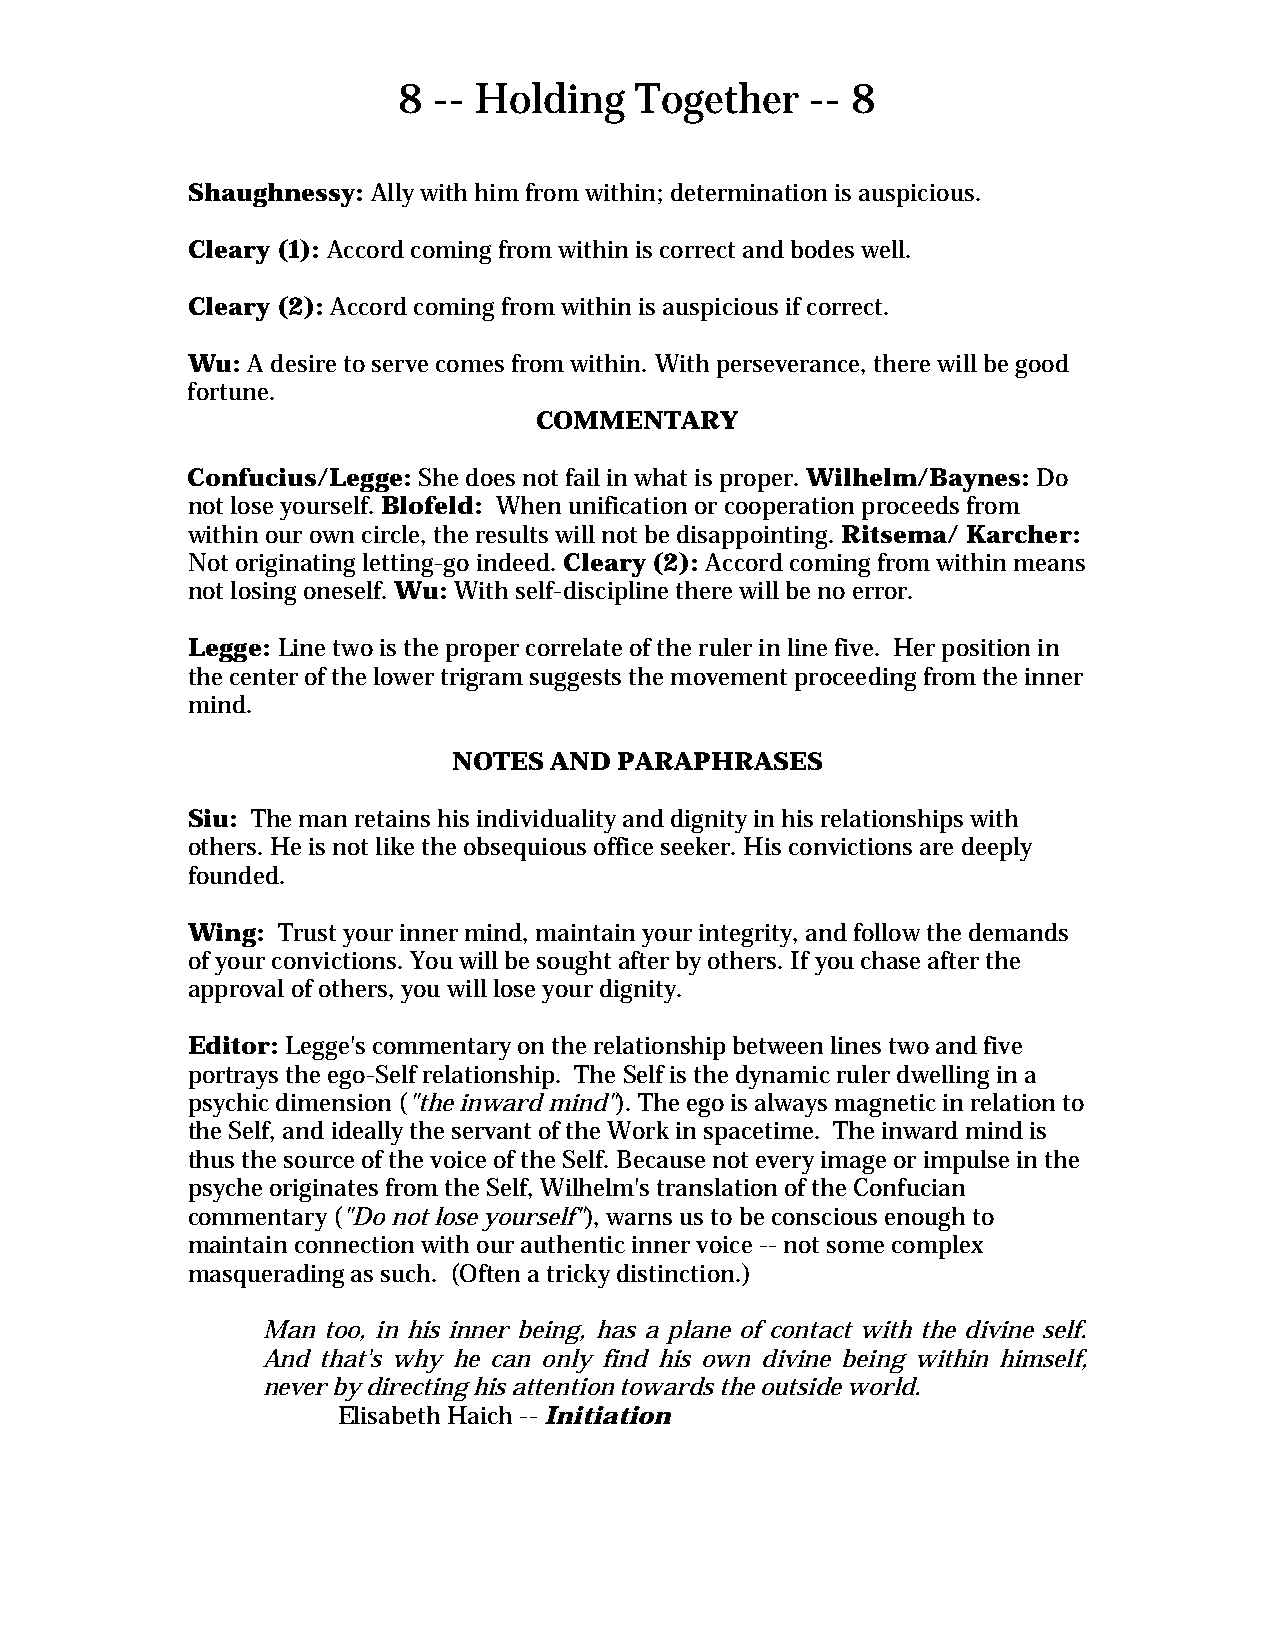
8  -- Holding   Together    -- 8
 Shaughnessy: Ally with him from within; determination is auspicious.
 Cleary (1): Accord coming from within is correct and bodes well.
 Cleary (2): Accord coming from within is auspicious if correct.
 Wu: A desire to serve comes from within. With perseverance, there will be good
 fortune.
 COMMENTARY
 Confucius/Legge: She does not fail in what is proper. Wilhelm/Baynes: Do
 not lose yourself. Blofeld: When unification or cooperation proceeds from
 within our own circle, the results will not be disappointing. Ritsema/ Karcher:
 Not originating letting-go indeed. Cleary (2): Accord coming from within means
 not losing oneself. Wu: With self-discipline there will be no error.
 Legge: Line two is the proper correlate of the ruler in line five. Her position in
 the center of the lower trigram suggests the movement proceeding from the inner
 mind.
 NOTES AND  PARAPHRASES
 Siu: The man retains his individuality and dignity in his relationships with
 others. He is not like the obsequious office seeker. His convictions are deeply
 founded.
 Wing: Trust your inner mind, maintain your integrity, and follow the demands
 of your convictions. You will be sought after by others. If you chase after the
 approval of others, you will lose your dignity.
 Editor: Legge's commentary on the relationship between lines two and five
 portrays the ego-Self relationship. The Self is the dynamic ruler dwelling in a
 psychic dimension ("the inward mind"). The ego is always magnetic in relation to
 the Self, and ideally the servant of the Work in spacetime. The inward mind is
 thus the source of the voice of the Self. Because not every image or impulse in the
 psyche originates from the Self, Wilhelm's translation of the Confucian
 commentary ("Do not lose yourself"), warns us to be conscious enough to
 maintain connection with our authentic inner voice -- not some complex
 masquerading as such. (Often a tricky distinction.)
 Man too, in his inner being, has a plane of contact with the divine self.
 And that's why he can only find his own divine being within himself,
 never by directing his attention towards the outside world.
 Elisabeth Haich -- Initiation